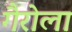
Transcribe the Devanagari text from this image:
गैरोला